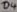
Text: D4